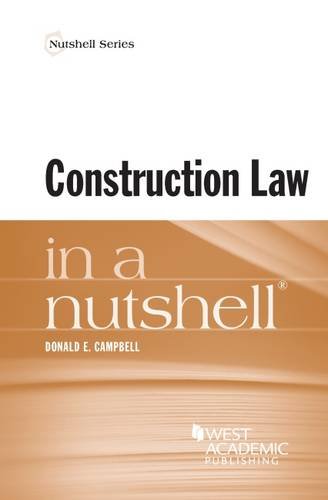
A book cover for Construction Law in a Nutshell; Donald Campbell; Law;